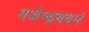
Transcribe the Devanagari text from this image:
गजेन्द्रवदनं